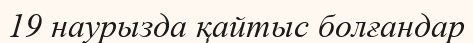
19 наурызда қайтыс болғандар